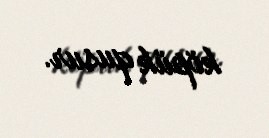
köpük qusur.